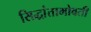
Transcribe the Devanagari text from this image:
सिद्धांताभोवती